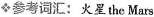
◆参考词汇：火星the Mars